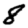
Digit: 8